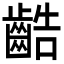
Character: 䶜